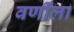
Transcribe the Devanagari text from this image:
वर्णीला